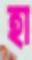
হা